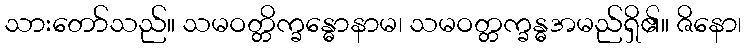
သားတော်သည်။ သမဝတ္တိက္ခန္ဓောနာမ၊ သမဝတ္တက္ခန္ဓအမည်ရှိ၏။ ဇိနော၊